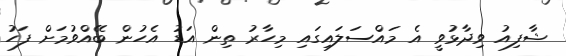
ޝާފިއު ވިދާޅުވީ އެ މައްސަލައިގައި މިހާރު ތިން އަޑު އެހުން ބޭއްވުމަށް ފަހު